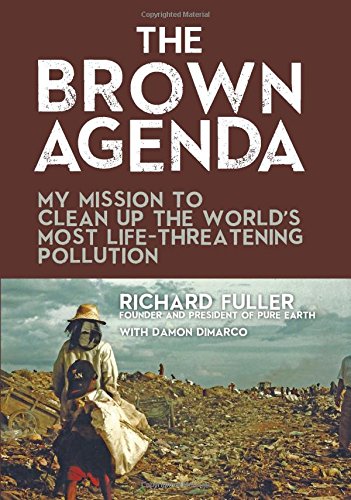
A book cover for The Brown Agenda: My Mission to Clean Up the World's Most Life-Threatening Pollution; Richard Fuller; Biographies & Memoirs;